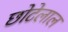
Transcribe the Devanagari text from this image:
छाेटेलाल